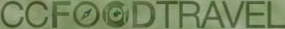
CCFOODTRAVEL